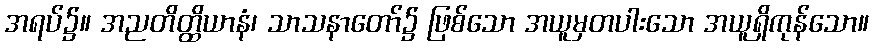
အရပ်၌။ အညတိတ္ထိယာနံ၊ သာသနာတော်၌ ဖြစ်သော အယူမှတပါးသော အယူရှိကုန်သော။